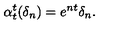
\alpha _ { t } ^ { t } ( \delta _ { n } ) = e ^ { n t } \delta _ { n } .